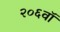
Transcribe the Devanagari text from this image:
२०६वॉ